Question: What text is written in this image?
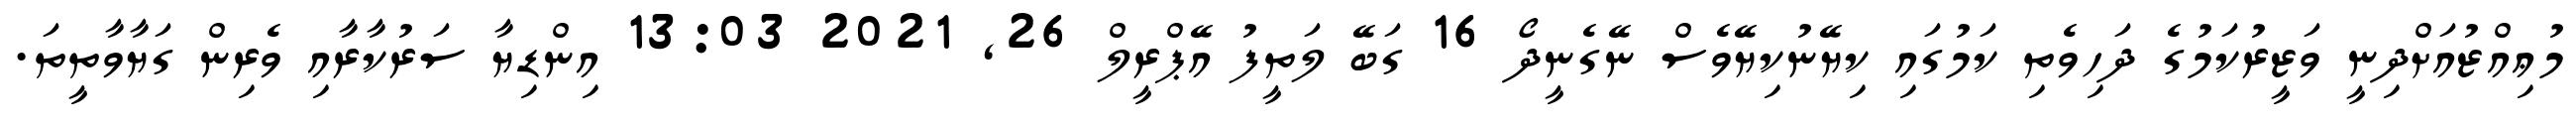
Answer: މުޢިއްޒުއަށްދިނީ ވަޒީރުކަމުގެ ދަހިވެތި ކަމުގައި ކިޔޭނުކިޔޭވެސް ނޭގެނީދޯ 16 ގަބޭ ލަތީފު އޭޕްރީލް 26, 2021 13:03 އިންޑިޔާ ސަރުކާރާއި ވެރިން ގަޔާވާތީތަ.